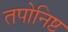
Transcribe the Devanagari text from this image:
तपोनिष्ट